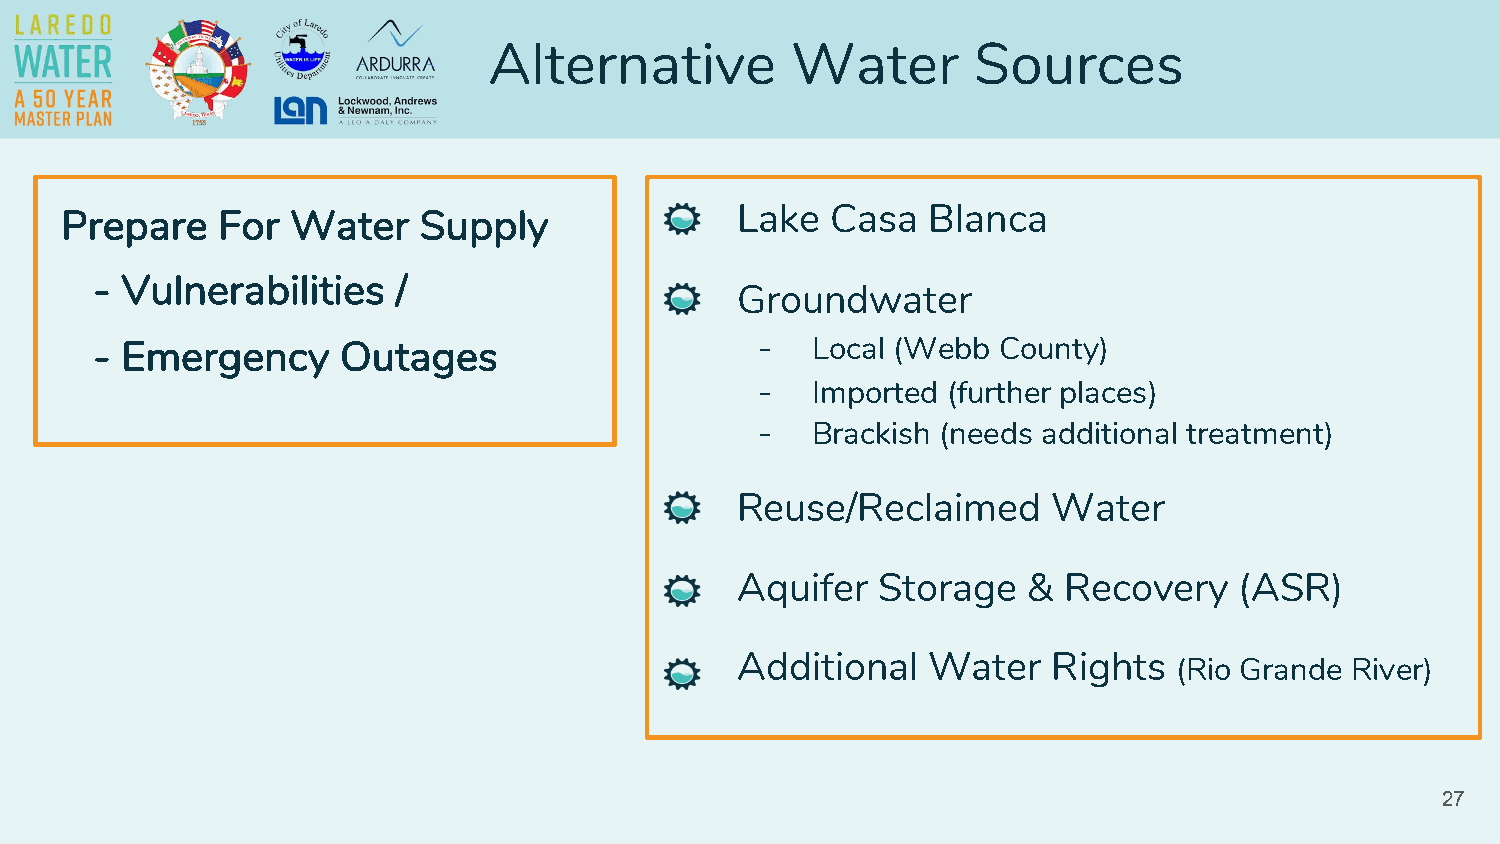
Alternative         Water       Sources
 Lake  Casa  Blanca
 Prepare   For  Water    Supply
 - Vulnerabilities   /
 Groundwater
 - Emergency      Outages                    -   Local (Webb County)
 -   Imported (further places)
 -   Brackish (needs additional treatment)
 Reuse/Reclaimed      Water
 Aquifer  Storage   & Recovery    (ASR)
 Additional  Water    Rights  (Rio Grande River)
 27